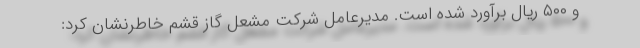
و ۵۰۰ ریال برآورد شده است. مدیرعامل شرکت مشعل گاز قشم خاطرنشان کرد: